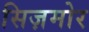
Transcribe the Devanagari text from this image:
सिज़मोर